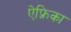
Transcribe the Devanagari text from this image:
ऐफ़्रिका